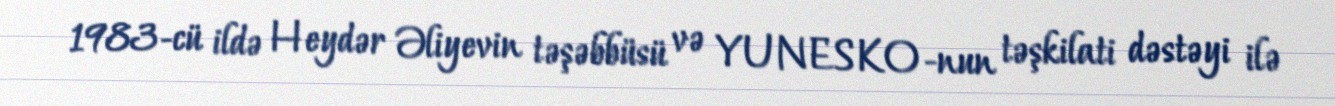
1983-cü ildə Heydər Əliyevin təşəbbüsü və YUNESKO-nun təşkilati dəstəyi ilə